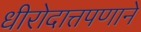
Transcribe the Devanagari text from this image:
धीरोदात्तपणाने